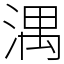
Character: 湡